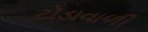
ટોડાવાળી